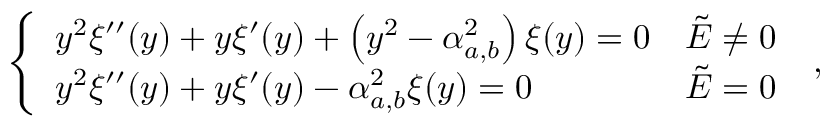
\left\{ \begin{array} { l l } { y ^ { 2 } \xi ^ { \prime \prime } ( y ) + y \xi ^ { \prime } ( y ) + \left( y ^ { 2 } - \alpha _ { a , b } ^ { 2 } \right) \xi ( y ) = 0 } & { \tilde { E } \neq 0 } \\ { y ^ { 2 } \xi ^ { \prime \prime } ( y ) + y \xi ^ { \prime } ( y ) - \alpha _ { a , b } ^ { 2 } \xi ( y ) = 0 } & { \tilde { E } = 0 } \end{array} \right. \; ,